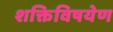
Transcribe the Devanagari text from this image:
शक्तिविषयेण